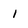
Character: 1